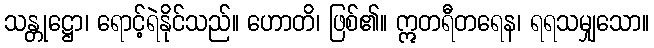
သန္တုဋ္ဌော၊ ရောင့်ရဲနိုင်သည်။ ဟောတိ၊ ဖြစ်၏။ ဣတရီတရေန၊ ရရသမျှသော။